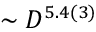
\sim D ^ { 5 . 4 ( 3 ) }